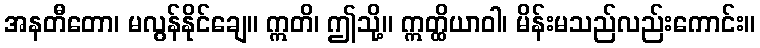
အနတီတော၊ မလွန်နိုင်ချေ။ ဣတိ၊ ဤသို့။ ဣတ္ထိယာဝါ၊ မိန်းမသည်လည်းကောင်း။